Civil Veterinary Dept. Bombay admin report 1932-41 - 1932-1941
Year: 1932
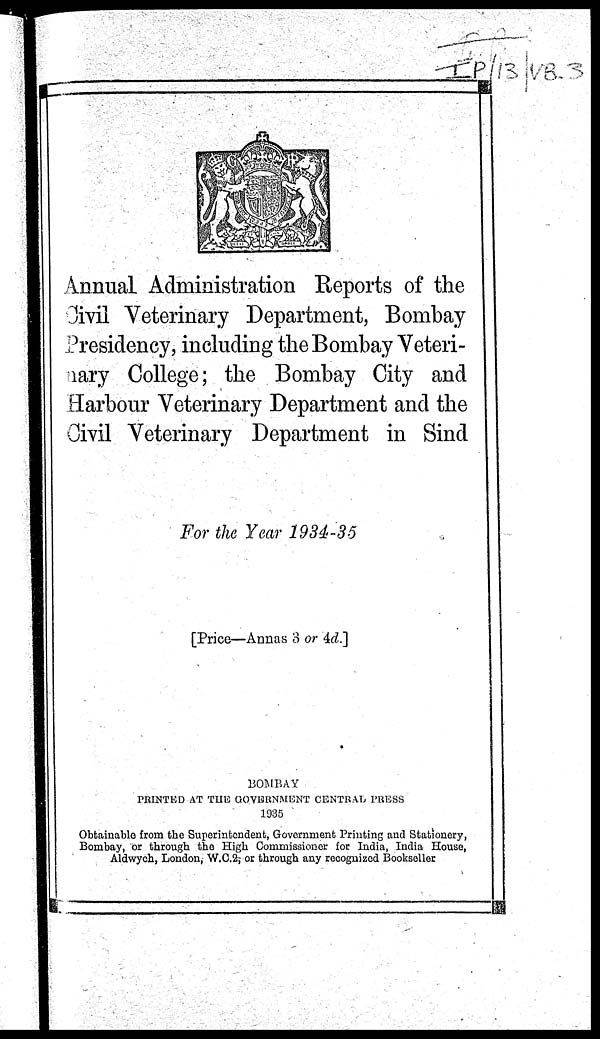
Annual Administration Reports of the
Civil Veterinary Department, Bombay
Presidency, including the Bombay Veteri-
nary College; the Bombay City and
Harbour Veterinary Department and the
Civil Veterinary Department in Sind
For the Year 1934-35
[Price—Annas 3 or 4d.]
BOMBAY
PEINTED AT THE GOVERNMENT CENTRAL PRESS
1935
Obtainable from the Superintendent, Government Printing and Stationery,
Bombay, or through the High Commissioner for India, India House,
Aldwych, London, W.C.2, or through any recognized Bookseller